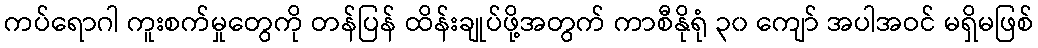
ကပ်ရောဂါ ကူးစက်မှုတွေကို တန်ပြန် ထိန်းချုပ်ဖို့အတွက် ကာစီနိုရုံ ၃၀ ကျော် အပါအဝင် မရှိမဖြစ်